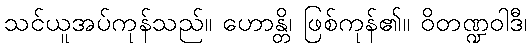
သင်ယူအပ်ကုန်သည်။ ဟောန္တိ၊ ဖြစ်ကုန်၏။ ဝိတဏ္ဍဝါဒီ၊